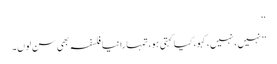
‘‘
’’نہیں، نہیں، کہو، کیا کہتی ہو، تمہارا نیا فلسفہ بھی سن لوں۔